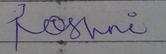
Signature authenticity: forged